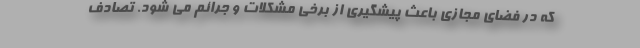
که در فضای مجازی باعث پیشگیری از برخی مشکلات و جرائم می شود. تصادف